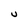
Character: U